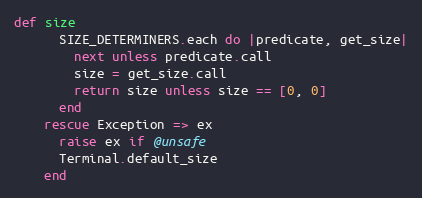
Language: Ruby
def size
      SIZE_DETERMINERS.each do |predicate, get_size|
        next unless predicate.call
        size = get_size.call
        return size unless size == [0, 0]
      end
    rescue Exception => ex
      raise ex if @unsafe
      Terminal.default_size
    end